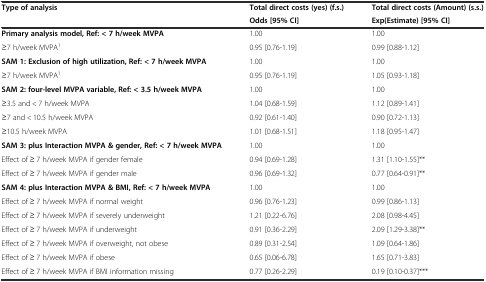
<table><thead><tr><td rowspan="2"><b>Type of analysis</b></td><td><b>Total direct costs (yes) (f.s.)</b></td><td><b>Total direct costs (Amount) (s.s.)</b></td></tr><tr><td><b>Odds [95% CI]</b></td><td><b>Exp(Estimate) [95% CI]</b></td></tr></thead><tbody><tr><td><b>Primary analysis model, Ref: &lt; 7 h/week MVPA</b></td><td>1.00</td><td>1.00</td></tr><tr><td>≥7 h/week MVPA<sup>1</sup></td><td>0.95 [0.76-1.19]</td><td>0.99 [0.88-1.12]</td></tr><tr><td><b>SAM 1: Exclusion of high utilization, Ref: &lt; 7 h/week MVPA</b></td><td>1.00</td><td>1.00</td></tr><tr><td>≥7 h/week MVPA<sup>1</sup></td><td>0.95 [0.76-1.19]</td><td>1.05 [0.93-1.18]</td></tr><tr><td><b>SAM 2: four-level MVPA variable, Ref: &lt; 3.5 h/week MVPA</b></td><td>1.00</td><td>1.00</td></tr><tr><td>≥3.5 and &lt; 7 h/week MVPA</td><td>1.04 [0.68-1.59]</td><td>1.12 [0.89-1.41]</td></tr><tr><td>≥7 and &lt; 10.5 h/week MVPA</td><td>0.92 [0.61-1.40]</td><td>0.90 [0.72-1.13]</td></tr><tr><td>≥10.5 h/week MVPA</td><td>1.01 [0.68-1.51]</td><td>1.18 [0.95-1.47]</td></tr><tr><td><b>SAM 3: plus Interaction MVPA &amp; gender, Ref: &lt; 7 h/week MVPA</b></td><td>1.00</td><td>1.00</td></tr><tr><td>Effect of ≥ 7 h/week MVPA if gender female</td><td>0.94 [0.69-1.28]</td><td>1.31 [1.10-1.55]**</td></tr><tr><td>Effect of ≥ 7 h/week MVPA if gender male</td><td>0.96 [0.69-1.32]</td><td>0.77 [0.64-0.91]**</td></tr><tr><td><b>SAM 4: plus Interaction MVPA &amp; BMI, Ref: &lt; 7 h/week MVPA</b></td><td>1.00</td><td>1.00</td></tr><tr><td>Effect of ≥ 7 h/week MVPA if normal weight</td><td>0.96 [0.76-1.23]</td><td>0.99 [0.86-1.13]</td></tr><tr><td>Effect of ≥ 7 h/week MVPA if severely underweight</td><td>1.21 [0.22-6.76]</td><td>2.08 [0.98-4.45]</td></tr><tr><td>Effect of ≥ 7 h/week MVPA if underweight</td><td>0.91 [0.36-2.29]</td><td>2.09 [1.29-3.38]**</td></tr><tr><td>Effect of ≥ 7 h/week MVPA if overweight, not obese</td><td>0.89 [0.31-2.54]</td><td>1.09 [0.64-1.86]</td></tr><tr><td>Effect of ≥ 7 h/week MVPA if obese</td><td>0.65 [0.06-6.78]</td><td>1.65 [0.71-3.83]</td></tr><tr><td>Effect of ≥ 7 h/week MVPA if BMI information missing</td><td>0.77 [0.26-2.29]</td><td>0.19 [0.10-0.37]***</td></tr></tbody></table>